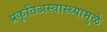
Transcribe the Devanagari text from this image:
प्रकृतिअस्वास्थ्यामुळे